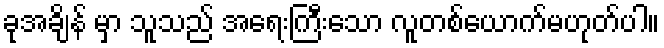
ခုအချိန် မှာ သူသည် အရေးကြီးသော လူတစ်ယောက်မဟုတ်ပါ။